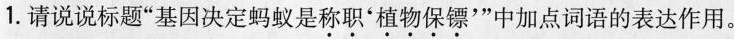
1.请说说标题”基因决定蚂蚁是称职'植物保镖'”中加点词语的表达作用。